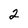
Character: 2